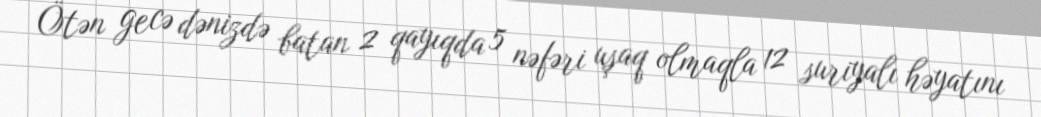
Ötən gecə dənizdə batan 2 qayıqda 5 nəfəri uşaq olmaqla 12 suriyalı həyatını